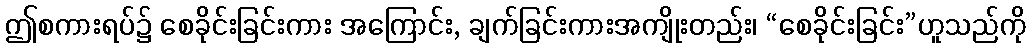
ဤစကားရပ်၌ စေခိုင်းခြင်းကား အကြောင်း, ချက်ခြင်းကားအကျိုးတည်း၊ “စေခိုင်းခြင်း”ဟူသည်ကို